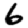
Digit: 6